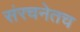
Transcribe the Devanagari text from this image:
संरचनेतच